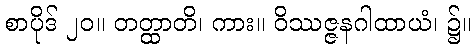
စာပိုဒ် ၂၀။ တတ္ထာတိ၊ ကား။ ဝိဿဇ္ဇနဂါထာယံ၊ ၌။